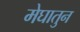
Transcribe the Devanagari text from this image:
मेघातुन